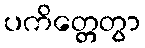
ပကိတ္တေတွာ